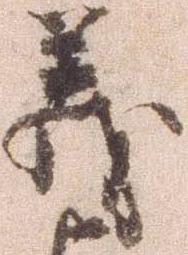
義